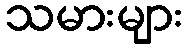
သမားများ